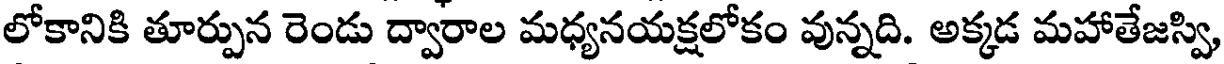
లోకానికి తూర్పున రెండు ద్వారాల మధ్యనయక్షలోకం వున్నది. అక్కడ మహాతేజస్వి,